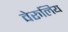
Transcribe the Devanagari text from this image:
वेरुलिय